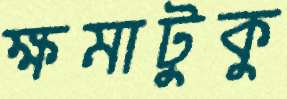
ক্ষমাটুকু